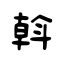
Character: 斡